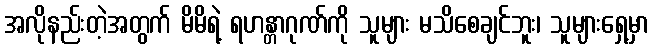
အလိုနည်းတဲ့အတွက် မိမိရဲ့ ရဟန္တာဂုဏ်ကို သူများ မသိစေချင်ဘူး၊ သူများရှေ့မှာ